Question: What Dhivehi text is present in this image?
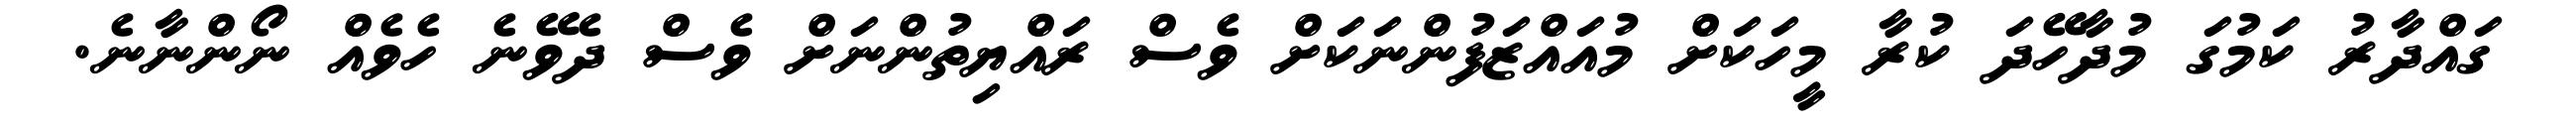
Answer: ގައްދާރު ކަމުގަ މުދާހޭދަ ކުރާ މީހަކަށް މުއައްޒަފުންނަކަށް ވެސް ރައްޔިތުންނަށް ވެސް ދެވޭނެ ހެވެއް ނޯންނާނެ.